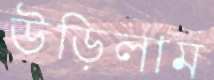
উড়িলাম